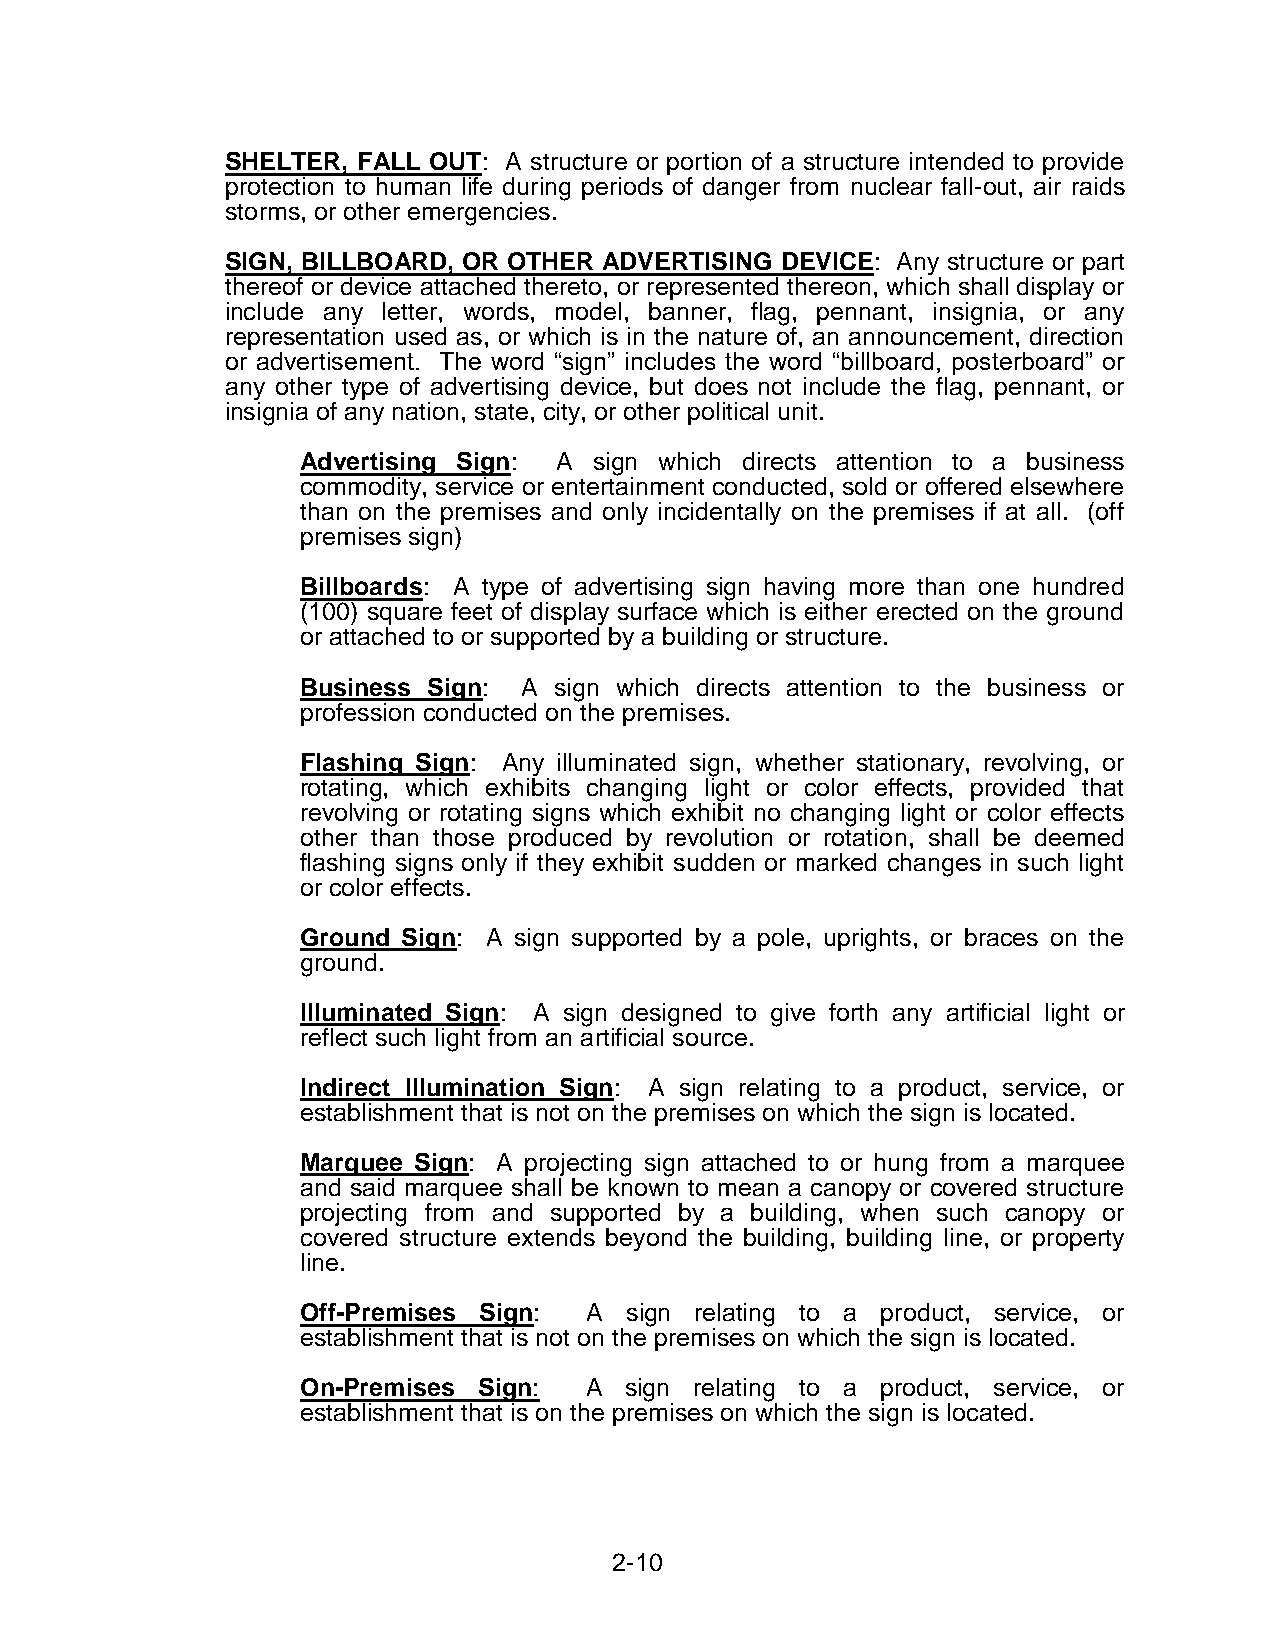
SHELTER, FALL OUT: A structure or portion of a structure intended to provide
 protection to human life during periods of danger from nuclear fall-out, air raids
 storms, or other emergencies.
 SIGN, BILLBOARD, OR OTHER ADVERTISING DEVICE: Any structure or part
 thereof or device attached thereto, or represented thereon, which shall display or
 include any letter, words, model, banner, flag, pennant, insignia, or any
 representation used as, or which is in the nature of, an announcement, direction
 or advertisement. The word “sign” includes the word “billboard, posterboard” or
 any other type of advertising device, but does not include the flag, pennant, or
 insignia of any nation, state, city, or other political unit.
 Advertising Sign: A sign which directs attention to a business
 commodity, service or entertainment conducted, sold or offered elsewhere
 than on the premises and only incidentally on the premises if at all. (off
 premises sign)
 Billboards: A type of advertising sign having more than one hundred
 (100) square feet of display surface which is either erected on the ground
 or attached to or supported by a building or structure.
 Business Sign: A sign which directs attention to the business or
 profession conducted on the premises.
 Flashing Sign: Any illuminated sign, whether stationary, revolving, or
 rotating, which exhibits changing light or color effects, provided that
 revolving or rotating signs which exhibit no changing light or color effects
 other than those produced by revolution or rotation, shall be deemed
 flashing signs only if they exhibit sudden or marked changes in such light
 or color effects.
 Ground Sign: A sign supported by a pole, uprights, or braces on the
 ground.
 Illuminated Sign: A sign designed to give forth any artificial light or
 reflect such light from an artificial source.
 Indirect Illumination Sign: A sign relating to a product, service, or
 establishment that is not on the premises on which the sign is located.
 Marquee Sign: A projecting sign attached to or hung from a marquee
 and said marquee shall be known to mean a canopy or covered structure
 projecting from and supported by a building, when such canopy or
 covered structure extends beyond the building, building line, or property
 line.
 Off-Premises Sign: A sign relating to a product, service, or
 establishment that is not on the premises on which the sign is located.
 On-Premises Sign:  A sign relating to a product, service, or
 establishment that is on the premises on which the sign is located.
 2-10